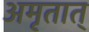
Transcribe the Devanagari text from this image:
अमृतात्‌